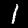
Label: 1